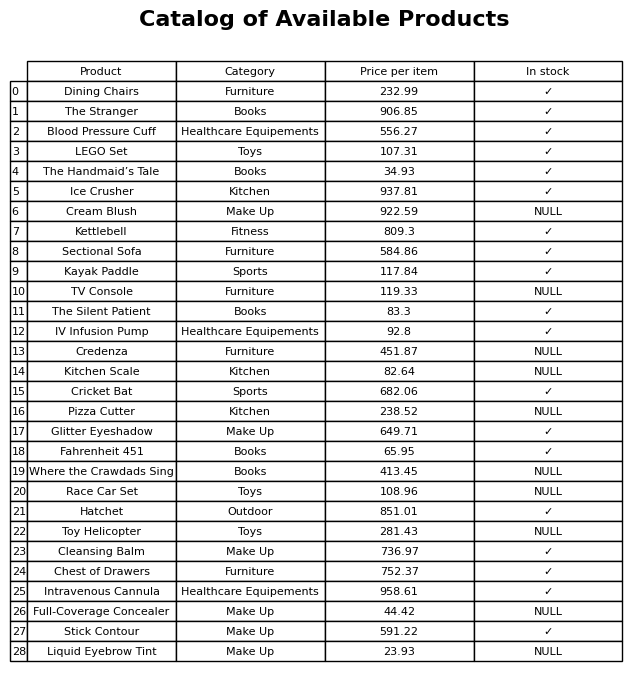
question: What is the price for Kitchen Scale?
answer: The price of Kitchen Scale is 82.64.